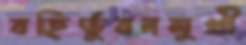
বহির্ভুবনমুখী